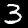
Label: 3